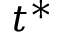
t ^ { * }